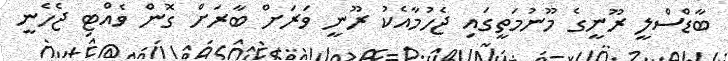
ބާޑްސްލީ ރޫނީގެ މޫނުމަތީގައި ޖެހުމާއެކު ރޫނީ ވަރަށް ބާރަށް ގޮން ވެއްޓި ޖެހެނީ